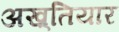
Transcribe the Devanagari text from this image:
अख़्तियार